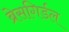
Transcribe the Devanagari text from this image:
ब्रेसगिर्डल